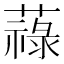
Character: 𦽎